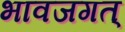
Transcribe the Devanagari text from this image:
भावजगत्